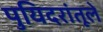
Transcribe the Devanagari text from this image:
पुयिदरांतूले